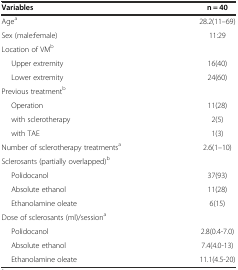
<table><thead><tr><td><b>Variables</b></td><td><b>n = 40</b></td></tr></thead><tbody><tr><td>Age<sup>a</sup></td><td>28.2(11–69)</td></tr><tr><td>Sex (male:female)</td><td>11:29</td></tr><tr><td>Location of VM<sup>b</sup></td><td></td></tr><tr><td>Upper extremity</td><td>16(40)</td></tr><tr><td>Lower extremity</td><td>24(60)</td></tr><tr><td>Previous treatment<sup>b</sup></td><td></td></tr><tr><td>Operation</td><td>11(28)</td></tr><tr><td>with sclerotherapy</td><td>2(5)</td></tr><tr><td>with TAE</td><td>1(3)</td></tr><tr><td>Number of sclerotherapy treatments<sup>a</sup></td><td>2.6(1–10)</td></tr><tr><td>Sclerosants (partially overlapped)<sup>b</sup></td><td></td></tr><tr><td>Polidocanol</td><td>37(93)</td></tr><tr><td>Absolute ethanol</td><td>11(28)</td></tr><tr><td>Ethanolamine oleate</td><td>6(15)</td></tr><tr><td>Dose of sclerosants (ml)/session<sup>a</sup></td><td></td></tr><tr><td>Polidocanol</td><td>2.8(0.4-7.0)</td></tr><tr><td>Absolute ethanol</td><td>7.4(4.0-13)</td></tr><tr><td>Ethanolamine oleate</td><td>11.1(4.5-20)</td></tr></tbody></table>